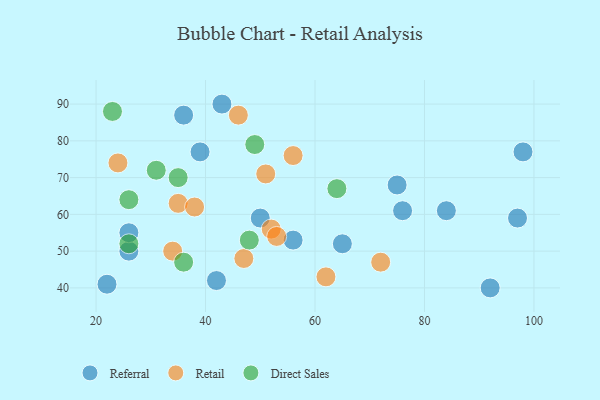
{"axis": {"x": "GDP", "y": "Life Expectancy"}, "legend": ["Direct Sales", "Referral", "Retail"], "data": [{"x": "50", "y": 59, "type": "Referral"}, {"x": "43", "y": 90, "type": "Referral"}, {"x": "56", "y": 53, "type": "Referral"}, {"x": "22", "y": 41, "type": "Referral"}, {"x": "92", "y": 40, "type": "Referral"}, {"x": "39", "y": 77, "type": "Referral"}, {"x": "84", "y": 61, "type": "Referral"}, {"x": "42", "y": 42, "type": "Referral"}, {"x": "65", "y": 52, "type": "Referral"}, {"x": "76", "y": 61, "type": "Referral"}, {"x": "75", "y": 68, "type": "Referral"}, {"x": "36", "y": 87, "type": "Referral"}, {"x": "26", "y": 50, "type": "Referral"}, {"x": "97", "y": 59, "type": "Referral"}, {"x": "26", "y": 55, "type": "Referral"}, {"x": "98", "y": 77, "type": "Referral"}, {"x": "51", "y": 71, "type": "Retail"}, {"x": "56", "y": 76, "type": "Retail"}, {"x": "47", "y": 48, "type": "Retail"}, {"x": "62", "y": 43, "type": "Retail"}, {"x": "72", "y": 47, "type": "Retail"}, {"x": "35", "y": 63, "type": "Retail"}, {"x": "24", "y": 74, "type": "Retail"}, {"x": "52", "y": 56, "type": "Retail"}, {"x": "46", "y": 87, "type": "Retail"}, {"x": "53", "y": 54, "type": "Retail"}, {"x": "38", "y": 62, "type": "Retail"}, {"x": "34", "y": 50, "type": "Retail"}, {"x": "36", "y": 47, "type": "Direct Sales"}, {"x": "31", "y": 72, "type": "Direct Sales"}, {"x": "26", "y": 64, "type": "Direct Sales"}, {"x": "64", "y": 67, "type": "Direct Sales"}, {"x": "26", "y": 52, "type": "Direct Sales"}, {"x": "35", "y": 70, "type": "Direct Sales"}, {"x": "49", "y": 79, "type": "Direct Sales"}, {"x": "48", "y": 53, "type": "Direct Sales"}, {"x": "23", "y": 88, "type": "Direct Sales"}]}